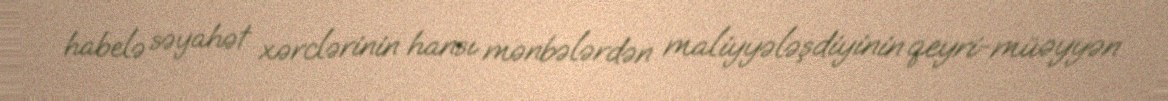
habelə səyahət xərclərinin hansı mənbələrdən maliyyələşdiyinin qeyri-müəyyən